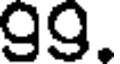
99.